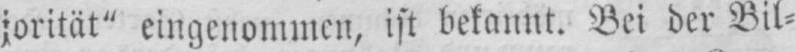
jorität“ eingenommen, ist bekannt. Bei der Bil⸗